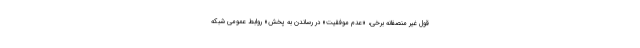
قول غیر منصفانه برخی، «عدم موفقیت» در رساندن به پخش» روابط عمومی شبکه